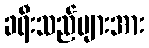
ခရီးသည်များအား